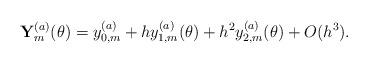
LaTeX: \begin{align*}{\bf Y}^{(a)}_m(\theta)= y^{(a)}_{0,m} + h y^{(a)}_{1,m}(\theta) + h^2 y^{(a)}_{2,m}(\theta) +O(h^3).\end{align*}